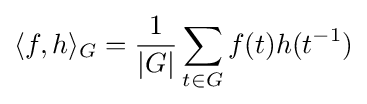
\langle f,h\rangle _{G}={\frac {1}{|G|}}\sum _{t\in G}f(t)h(t^{-1})